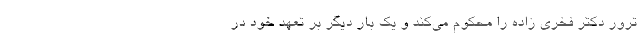
ترور دکتر فخری زاده را محکوم می‌کند و یک بار دیگر بر تعهد خود در